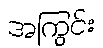
အကြွင်း